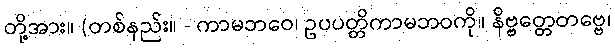
တို့အား။ (တစ်နည်း။ - ကာမဘဝေ၊ ဥပပတ္တိကာမဘဝကို။ နိဗ္ဗတ္တေတဗ္ဗေ၊